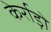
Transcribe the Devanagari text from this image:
केर्राड़ो